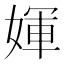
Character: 媈